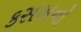
કસબનો